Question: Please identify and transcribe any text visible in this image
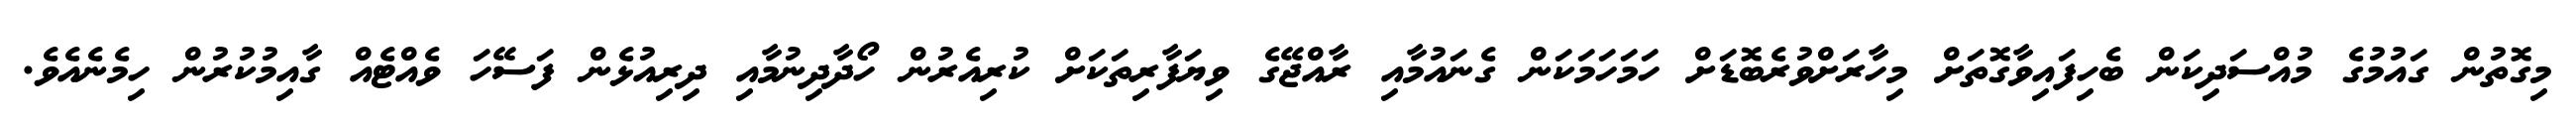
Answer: މިގޮތުން ގައުމުގެ މުއްސަދިކަން ބެހިފައިވާގޮތަށް މިހާރަށްވުރެބޮޑަށް ހަމަހަމަކަން ގެނައުމާއި ރާއްޖޭގެ ވިޔަފާރިތަކަށް ކުރިއެރުން ހޯދާދިނުމާއި ދިރިއުޅެން ފަސޭހަ ވެއްޓެއް ގާއިމުކުރުން ހިމެނެއެވެ.